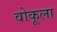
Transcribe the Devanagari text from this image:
वोकूला